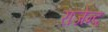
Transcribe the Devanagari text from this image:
राजेन्द